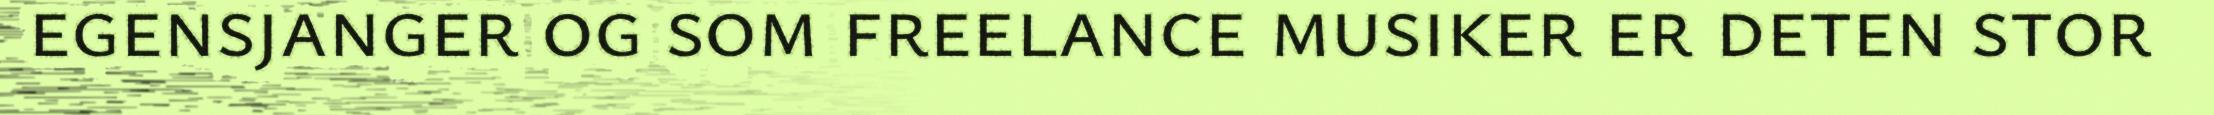
egensjanger og som freelance musiker er deten stor